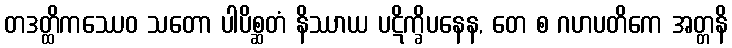
တဒတ္ထိကဿေဝ သတော ပါပိစ္ဆတံ နိဿာယ ပဋိက္ခိပနေန, တေ စ ဂဟပတိကေ အတ္တနိ